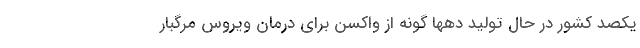
یکصد کشور در حال تولید دهها گونه از واکسن برای درمان ویروس مرگبار